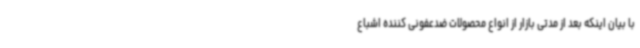
با بیان اینکه بعد از مدتی بازار از انواع محصولات ضدعفونی کننده اشباع